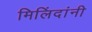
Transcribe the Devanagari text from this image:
मिलिंदांनी